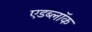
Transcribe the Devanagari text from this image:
एडब्लॉक